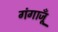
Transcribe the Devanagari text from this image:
गंगाजूँ